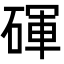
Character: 𬒚